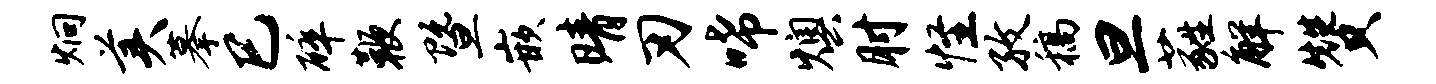
炯美摹巳碎鞭暨嵌晴刃唏燠肘怪孜稿旦蕤解赞